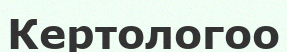
Кертологоо